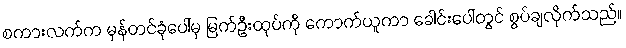
စကားလက်က မှန်တင်ခုံပေါ်မှ မြက်ဦးထုပ်ကို ကောက်ယူကာ ခေါင်းပေါ်တွင် စွပ်ချလိုက်သည်။